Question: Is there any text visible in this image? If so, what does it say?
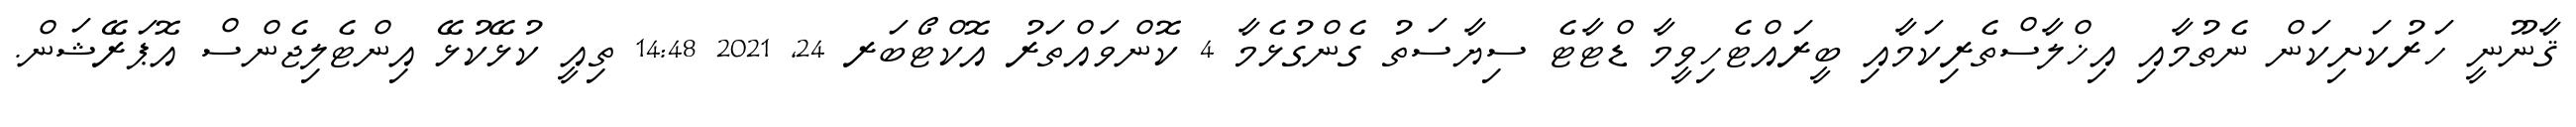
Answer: ޤާނޫނީ ހަރުކަށިކަން ނެތުމާއި އިޚްލާސްތެރިކަމާއި ބީރައްޓެހިވީމާ ޑްޓާޓެ ސިޔާސަތު ގެންގުޅެމާ 4 ކޮންވައްތަރު އޮކްޓޯބަރ 24, 2021 14:48 ތިއީ ކުޅޭކުޅޭ އިންޓެލިޖެންސް އޮޕަރޭޝަން.